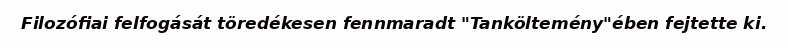
Filozófiai felfogását töredékesen fennmaradt "Tanköltemény"ében fejtette ki.